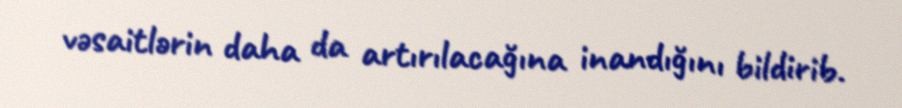
vəsaitlərin daha da artırılacağına inandığını bildirib.